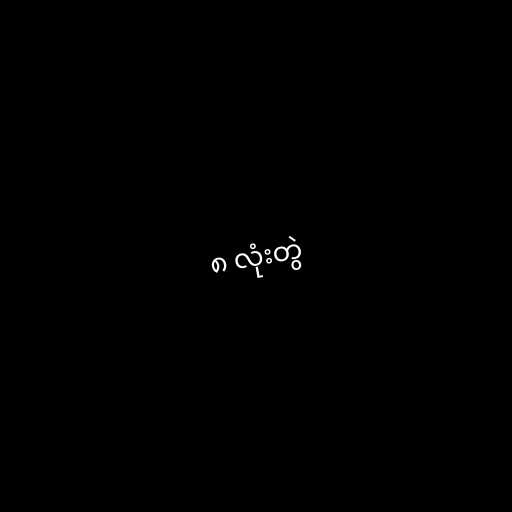
၈ လုံးတွဲ